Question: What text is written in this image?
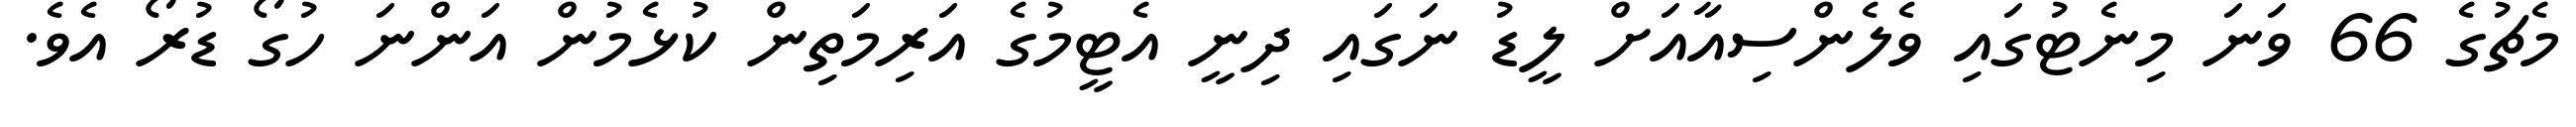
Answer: މެޗުގެ 66 ވަނަ މިނެޓުގައި ވެލެންސިއާއަށް ލީޑު ނަގައި ދިނީ އެޓީމުގެ އަރިމަތިން ކުޅެމުން އަންނަ ހުގޯ ޑުރޯ އެވެ.